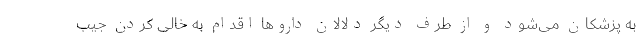
به پزشکان می‌شود و از طرف دیگر دلالان داروها اقدام به خالی کردن جیب